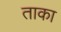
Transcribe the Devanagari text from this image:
ताका